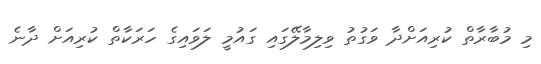
މި މުބާރާތް ކުރިއަށްދާ ވަގުތު ވިލިމާލޭގައި ގައުމީ ލަވައިގެ ހަރަކާތް ކުރިއަށް ދާނެ